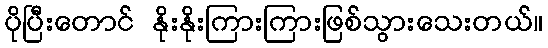
ပိုပြီးတောင် နိုးနိုးကြားကြားဖြစ်သွားသေးတယ်။